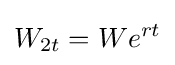
W_{2t}=We^{rt}